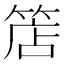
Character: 𥯎